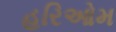
હરિઓમ